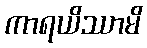
ကာရယိဿာမိ